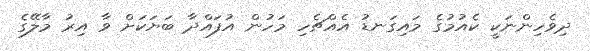
ދިވެހިންނަކީ ކެއުމުގެ މައިގަނޑު އެއްޗެހި މަހުން އުފައްދާ ބަޔަކަށް ވާ އިރު މާލޭގެ